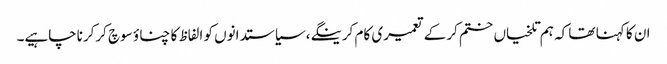
ان کا کہنا تھا کہ ہم تلخیاں ختم کرکے تعمیری کام کرینگے،سیاستدانوں کو الفاظ کا چناؤ سوچ کرکرناچاہیے۔